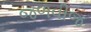
જળવીજ